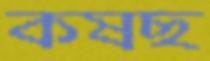
কষছ